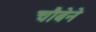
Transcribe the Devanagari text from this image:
चौबेने